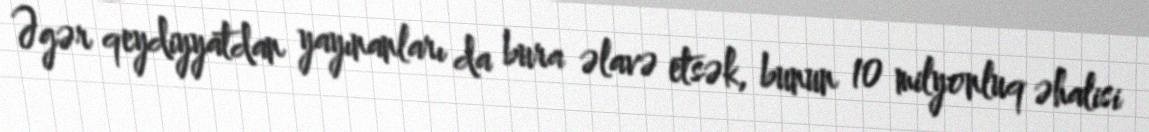
Əgər qeydiyyatdan yayınanları da bura əlavə etsək, bunun 10 milyonluq əhalisi